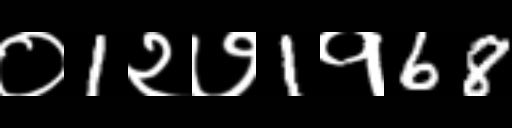
Text: ०1२७1१68